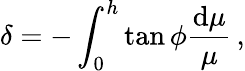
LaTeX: \delta=-\int_{0}^{h}{\tan\phi{\frac{{\mathrm{d}}\mu}{\mu}}}\, ,